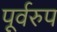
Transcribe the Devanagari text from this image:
पूर्वरुप